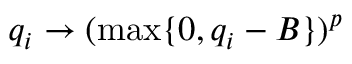
q _ { i } \rightarrow ( \operatorname* { m a x } \{ 0 , q _ { i } - B \} ) ^ { p }